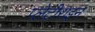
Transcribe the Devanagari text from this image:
प्लेटीराइन